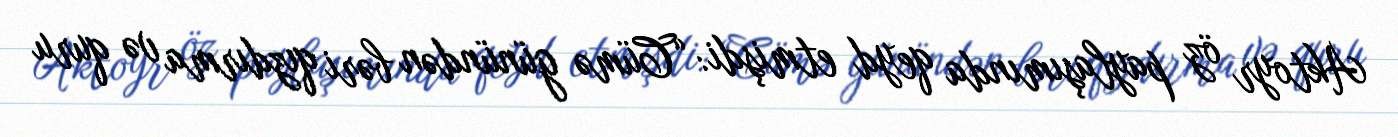
Aktoyr öz paylaşımında qeyd etmişdi: “Cümə günündən bəri qızdırma və quru